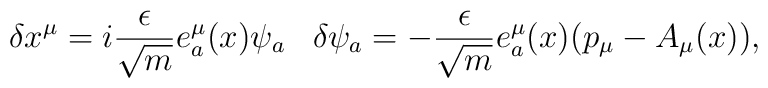
\delta x^{\mu}=i\frac{\epsilon}{\sqrt{m}} e^{\mu}_{a}(x)\psi_{a}\,\ \ \delta\psi_{a}=-\frac{\epsilon}{\sqrt{m}}e^{\mu}_{a}(x)(p_{\mu}-A_{\mu}(x)),